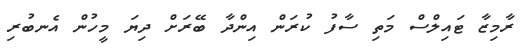
ރާމިޒާ ޓައިލްސް މަތި ސާފު ކުރަން އިންދާ ބޭރަށް ދިޔަ މީހުން އެނބުރި